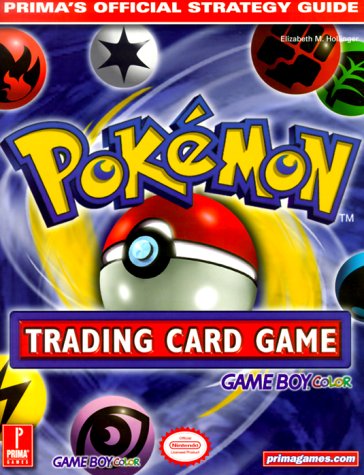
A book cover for Pokemon Trading Card Game (Game Boy Version) (Prima's Official Strategy Guide); Elizabeth Hollinger; Computers & Technology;